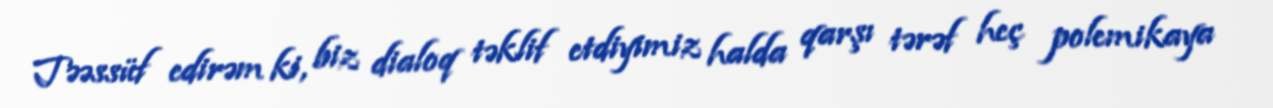
Təəssüf edirəm ki, biz dialoq təklif etdiyimiz halda qarşı tərəf heç polemikaya